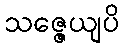
သဇ္ဇေယျပိ